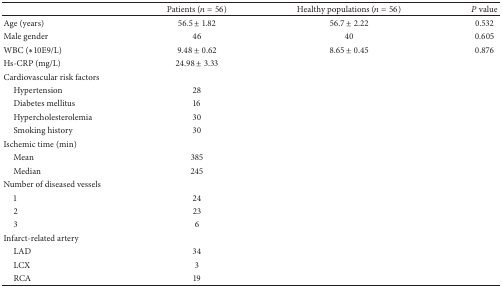
|  | Patients (n = 56) | Healthy populations (n = 56) | P value |
 | --- | --- | --- | --- |
 | Age (years) | 56.5 ± 1.82 | 56.7 ± 2.22 | 0.532 |
 | Male gender | 46 | 40 | 0.605 |
 | WBC (∗10E9/L) | 9.48 ± 0.62 | 8.65 ± 0.45 | 0.876 |
 | Hs-CRP (mg/L) | 24.98 ± 3.33 |  |  |
 | Cardiovascular risk factors |  |  |  |
 | Hypertension | 28 |  |  |
 | Diabetes mellitus | 16 |  |  |
 | Hypercholesterolemia | 30 |  |  |
 | Smoking history | 30 |  |  |
 | Ischemic time (min) |  |  |  |
 | Mean | 385 |  |  |
 | Median | 245 |  |  |
 | Number of diseased vessels |  |  |  |
 | 1 | 24 |  |  |
 | 2 | 23 |  |  |
 | 3 | 6 |  |  |
 | Infarct-related artery |  |  |  |
 | LAD | 34 |  |  |
 | LCX | 3 |  |  |
 | RCA | 19 |  |  |